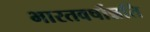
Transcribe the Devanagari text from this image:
भारतवर्षोन्नति